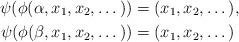
LaTeX: \begin{align*}\psi(\phi(\alpha,x_1,x_2,\dots ))& = (x_1,x_2,\dots ), \\\psi(\phi(\beta,x_1,x_2,\dots ))& = (x_1,x_2,\dots ) \end{align*}